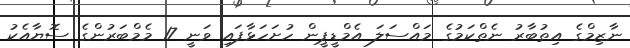
ނާޒިމްގެ އިތުބާރު ނެތްކަމުގެ މައްސަލަ އެމްޑީޕީން ހުށަހަޅާފައި ވަނީ 17 މެމްބަރުންގެ ސޮޔާއެކު